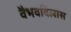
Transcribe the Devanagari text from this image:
वैभवविलास